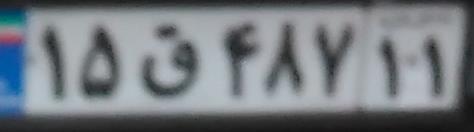
۱۵ق۴۸۷۱۱